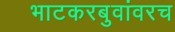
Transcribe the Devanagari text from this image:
भाटकरबुवांवरच